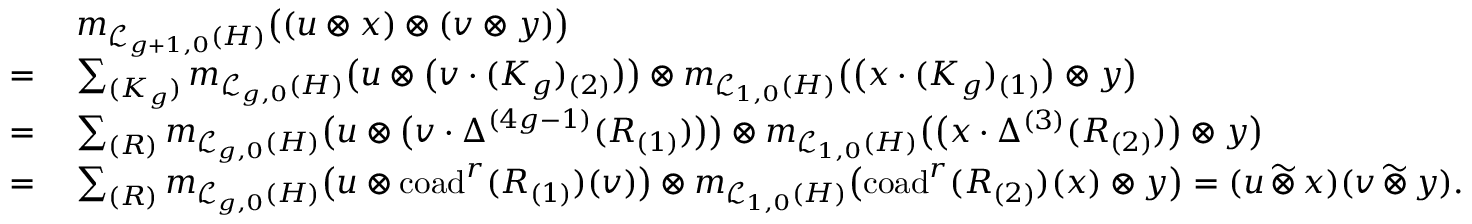
\begin{array} { r l } & { m _ { \mathcal { L } _ { g + 1 , 0 } ( H ) } \bigl ( ( u \otimes x ) \otimes ( v \otimes y ) \bigr ) } \\ { = \: } & { \sum _ { ( K _ { g } ) } m _ { \mathcal { L } _ { g , 0 } ( H ) } \bigl ( u \otimes \bigl ( v \cdot ( K _ { g } ) _ { ( 2 ) } \bigr ) \bigr ) \otimes m _ { \mathcal { L } _ { 1 , 0 } ( H ) } \bigl ( \bigl ( x \cdot ( K _ { g } ) _ { ( 1 ) } \bigr ) \otimes y \bigr ) } \\ { = \: } & { \sum _ { ( R ) } m _ { \mathcal { L } _ { g , 0 } ( H ) } \bigl ( u \otimes \bigl ( v \cdot \Delta ^ { ( 4 g - 1 ) } ( R _ { ( 1 ) } ) \bigr ) \bigr ) \otimes m _ { \mathcal { L } _ { 1 , 0 } ( H ) } \bigl ( \bigl ( x \cdot \Delta ^ { ( 3 ) } ( R _ { ( 2 ) } ) \bigr ) \otimes y \bigr ) } \\ { = \: } & { \sum _ { ( R ) } m _ { \mathcal { L } _ { g , 0 } ( H ) } \bigl ( u \otimes \mathrm { c o a d } ^ { r } ( R _ { ( 1 ) } ) ( v ) \bigr ) \otimes m _ { \mathcal { L } _ { 1 , 0 } ( H ) } \bigl ( \mathrm { c o a d } ^ { r } ( R _ { ( 2 ) } ) ( x ) \otimes y \bigr ) = ( u \, \widetilde { \otimes } \, x ) ( v \, \widetilde { \otimes } \, y ) . } \end{array}